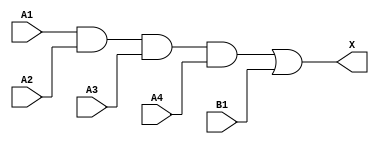
module sky130_fd_sc_hd__a41o (
    X ,
    A1,
    A2,
    A3,
    A4,
    B1
);

    // Module ports
    output X ;
    input  A1;
    input  A2;
    input  A3;
    input  A4;
    input  B1;

    // Module supplies
    supply1 VPWR;
    supply0 VGND;
    supply1 VPB ;
    supply0 VNB ;

    // Local signals
    wire and0_out ;
    wire or0_out_X;

    //  Name  Output     Other arguments
    and and0 (and0_out , A1, A2, A3, A4 );
    or  or0  (or0_out_X, and0_out, B1   );
    buf buf0 (X        , or0_out_X      );

endmodule